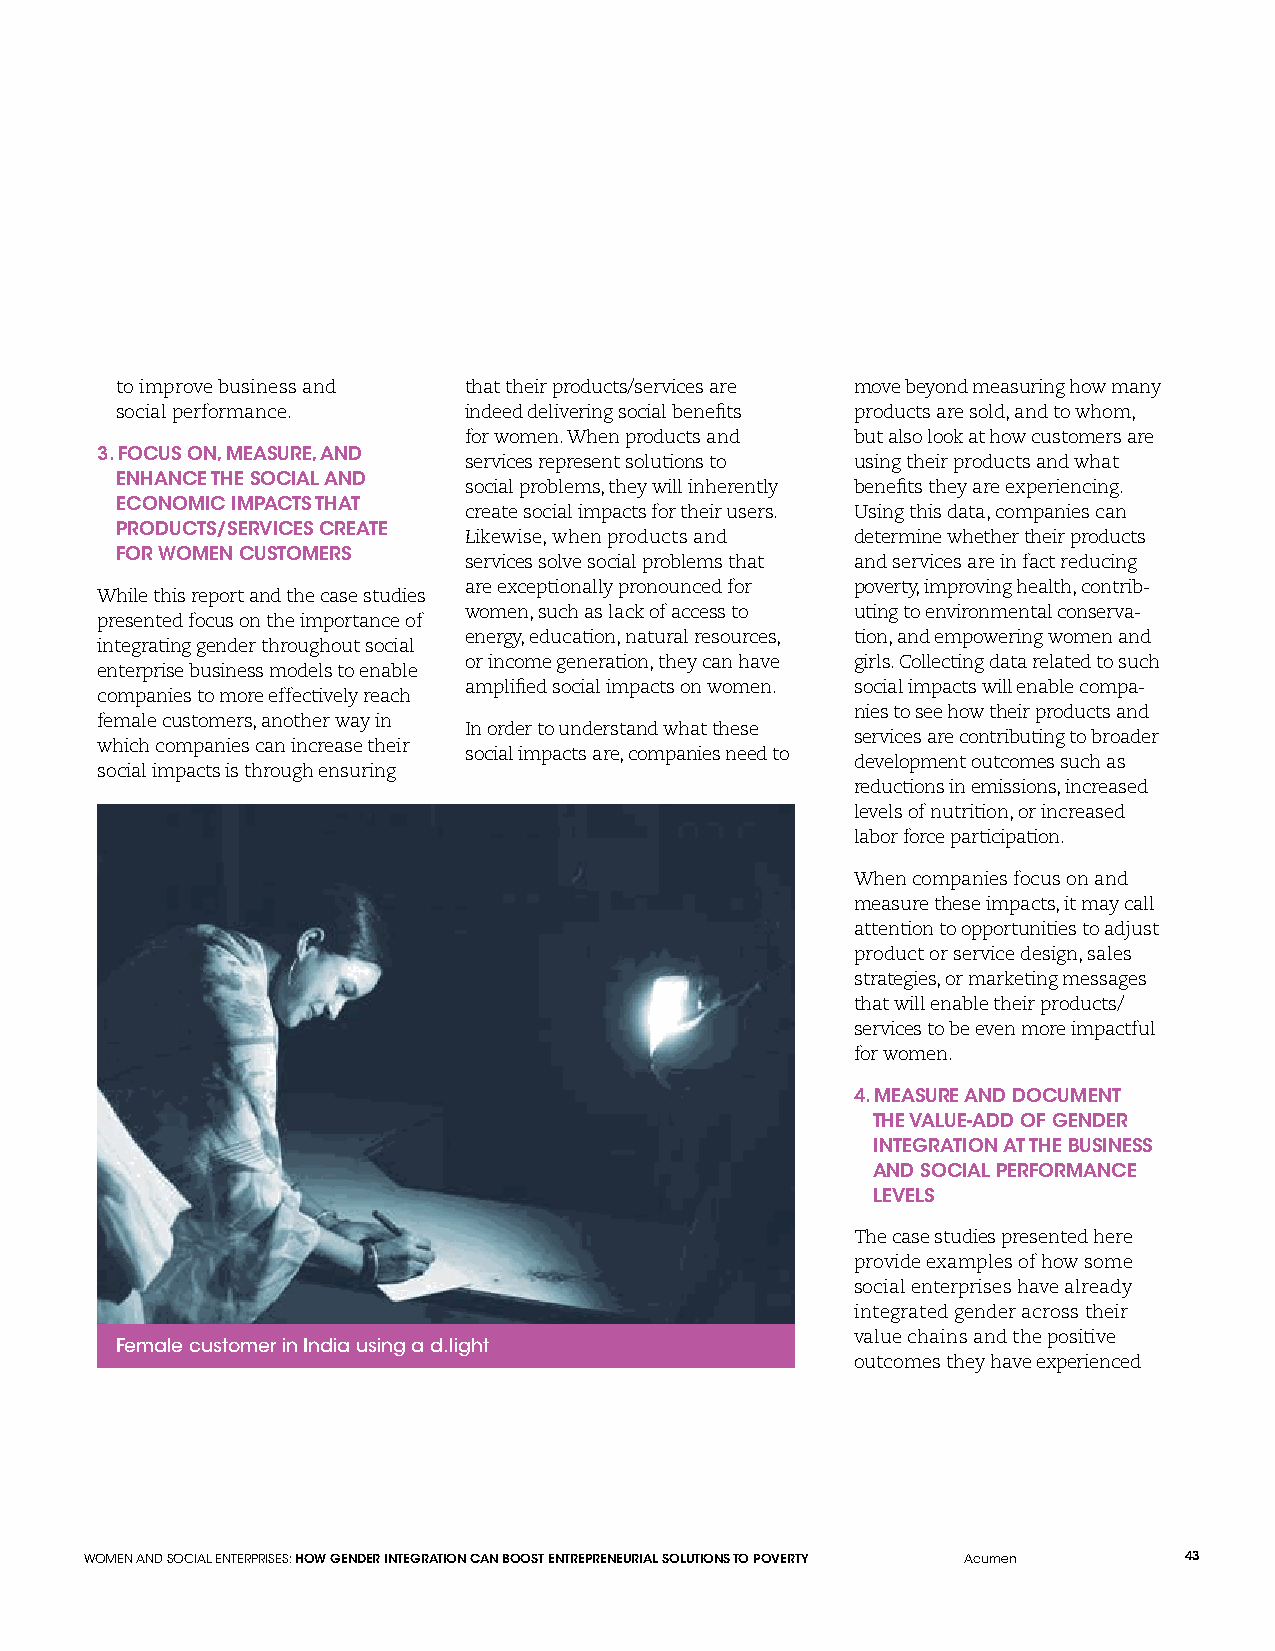
to improve business and that their products/services are move beyond measuring how many
 social performance.    indeed delivering social benefits products are sold, and to whom,
 for women. When products and but also look at how customers are
 3. FOCUS ON, MEASURE, AND
 services represent solutions to using their products and what
 ENHANCE THE SOCIAL AND
 social problems, they will inherently benefits they are experiencing.
 ECONOMIC IMPACTS THAT
 create social impacts for their users. Using this data, companies can
 PRODUCTS/SERVICES CREATE
 Likewise, when products and determine whether their products
 FOR WOMEN CUSTOMERS
 services solve social problems that and services are in fact reducing
 are exceptionally pronounced for poverty, improving health, contrib-
 While this report and the case studies
 women, such as lack of access to uting to environmental conserva-
 presented focus on the importance of
 energy, education, natural resources, tion, and empowering women and
 integrating gender throughout social
 or income generation, they can have girls. Collecting data related to such
 enterprise business models to enable
 amplified social impacts on women. social impacts will enable compa-
 companies to more effectively reach
 nies to see how their products and
 female customers, another way in
 In order to understand what these
 services are contributing to broader
 which companies can increase their
 social impacts are, companies need to
 development outcomes such as
 social impacts is through ensuring
 reductions in emissions, increased
 levels of nutrition, or increased
 labor force participation.
 When companies focus on and
 measure these impacts, it may call
 attention to opportunities to adjust
 product or service design, sales
 strategies, or marketing messages
 that will enable their products/
 services to be even more impactful
 for women.
 4. MEASURE AND DOCUMENT
 THE VALUE-ADD OF GENDER
 INTEGRATION AT THE BUSINESS
 AND SOCIAL PERFORMANCE
 LEVELS
 The case studies presented here
 provide examples of how some
 social enterprises have already
 integrated gender across their
 value chains and the positive
 Female customer in India using a d.light
 outcomes they have experienced
 WOMEN AND SOCIAL ENTERPRISES: HOW GENDER INTEGRATION CAN BOOST ENTREPRENEURIAL SOLUTIONS TO POVERTY Acumen 43